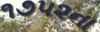
૧૭૫૨ના